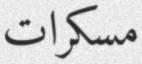
مسكرات